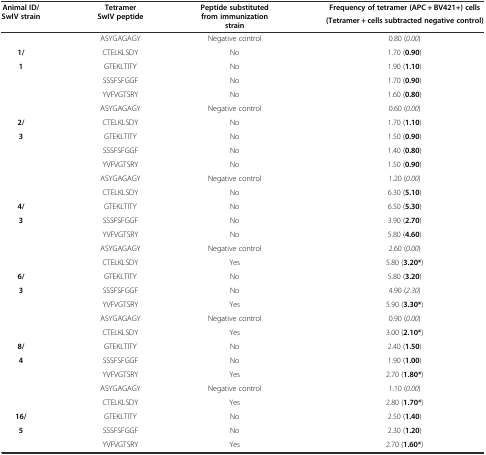
<table><thead><tr><td rowspan="2"><b>Animal ID/SwIV strain</b></td><td rowspan="2"><b>Tetramer SwIV peptide</b></td><td rowspan="2"><b>Peptide substituted from immunization strain</b></td><td><b>Frequency of tetramer (APC + BV421+) cells</b></td></tr><tr><td><b>(Tetramer + cells subtracted negative control)</b></td></tr></thead><tbody><tr><td></td><td>ASYGAGAGY</td><td>Negative control</td><td>0.80 (<i>0.00</i>)</td></tr><tr><td><b>1/</b></td><td>CTELKLSDY</td><td>No</td><td>1.70 (<b>0.90</b>)</td></tr><tr><td rowspan="3"><b>1</b></td><td>GTEKLTITY</td><td>No</td><td>1.90 (<b>1.10</b>)</td></tr><tr><td>SSSFSFGGF</td><td>No</td><td>1.70 (<b>0.90</b>)</td></tr><tr><td>YVFVGTSRY</td><td>No</td><td>1.60 (<b>0.80</b>)</td></tr><tr><td></td><td>ASYGAGAGY</td><td>Negative control</td><td>0.60 (<i>0.00</i>)</td></tr><tr><td><b>2/</b></td><td>CTELKLSDY</td><td>No</td><td>1.70 (<b>1.10</b>)</td></tr><tr><td rowspan="3"><b>3</b></td><td>GTEKLTITY</td><td>No</td><td>1.50 (<b>0.90</b>)</td></tr><tr><td>SSSFSFGGF</td><td>No</td><td>1.40 (<b>0.80</b>)</td></tr><tr><td>YVFVGTSRY</td><td>No</td><td>1.50 (<b>0.90</b>)</td></tr><tr><td rowspan="2"></td><td>ASYGAGAGY</td><td>Negative control</td><td>1.20 (<i>0.00</i>)</td></tr><tr><td>CTELKLSDY</td><td>No</td><td>6.30 (<b>5.10</b>)</td></tr><tr><td><b>4/</b></td><td>GTEKLTITY</td><td>No</td><td>6.50 (<b>5.30</b>)</td></tr><tr><td rowspan="2"><b>3</b></td><td>SSSFSFGGF</td><td>No</td><td>3.90 (<b>2.70</b>)</td></tr><tr><td>YVFVGTSRY</td><td>No</td><td>5.80 (<b>4.60</b>)</td></tr><tr><td rowspan="2"></td><td>ASYGAGAGY</td><td>Negative control</td><td>2.60 (<i>0.00</i>)</td></tr><tr><td>CTELKLSDY</td><td>Yes</td><td>5.80 (<b>3.20*</b>)</td></tr><tr><td><b>6/</b></td><td>GTEKLTITY</td><td>No</td><td>5.80 (<b>3.20</b>)</td></tr><tr><td rowspan="2"><b>3</b></td><td>SSSFSFGGF</td><td>No</td><td>4.90 (<i>2.30</i>)</td></tr><tr><td>YVFVGTSRY</td><td>Yes</td><td>5.90 (<b>3.30*</b>)</td></tr><tr><td rowspan="2"></td><td>ASYGAGAGY</td><td>Negative control</td><td>0.90 (<i>0.00</i>)</td></tr><tr><td>CTELKLSDY</td><td>Yes</td><td>3.00 (<b>2.10*</b>)</td></tr><tr><td><b>8/</b></td><td>GTEKLTITY</td><td>No</td><td>2.40 (<b>1.50</b>)</td></tr><tr><td rowspan="2"><b>4</b></td><td>SSSFSFGGF</td><td>No</td><td>1.90 (<b>1.00</b>)</td></tr><tr><td>YVFVGTSRY</td><td>Yes</td><td>2.70 (<b>1.80*</b>)</td></tr><tr><td rowspan="2"></td><td>ASYGAGAGY</td><td>Negative control</td><td>1.10 (<i>0.00</i>)</td></tr><tr><td>CTELKLSDY</td><td>Yes</td><td>2.80 (<b>1.70*</b>)</td></tr><tr><td><b>16/</b></td><td>GTEKLTITY</td><td>No</td><td>2.50 (<b>1.40</b>)</td></tr><tr><td rowspan="2"><b>5</b></td><td>SSSFSFGGF</td><td>No</td><td>2.30 (<b>1.20</b>)</td></tr><tr><td>YVFVGTSRY</td><td>Yes</td><td>2.70 (<b>1.60*</b>)</td></tr></tbody></table>